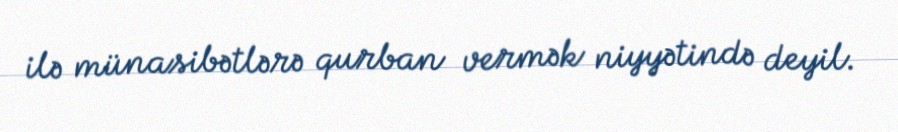
ilə münasibətlərə qurban vermək niyyətində deyil.